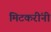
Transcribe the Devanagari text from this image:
मिटकरींनी